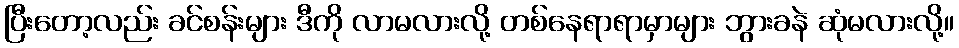
ပြီးတော့လည်း ခင်စန်းများ ဒီကို လာမလားလို့ တစ်နေရာရာမှာများ ဘွားခနဲ ဆုံမလားလို့။